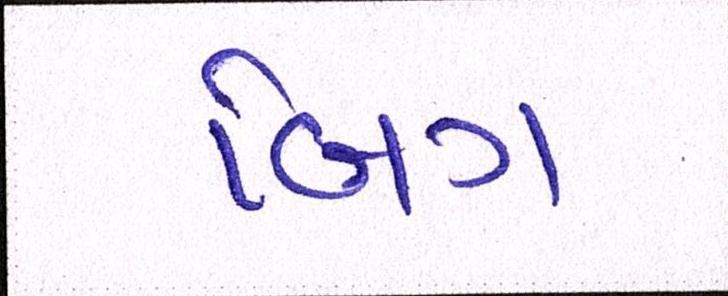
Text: બિગ